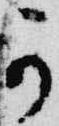
可